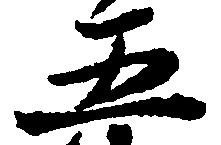
五